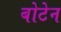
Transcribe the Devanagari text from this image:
बोटेन